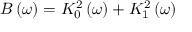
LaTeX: B \left( \omega \right) = K _ { 0 } ^ { 2 } \left( \omega \right) + K _ { 1 } ^ { 2 } \left( \omega \right)